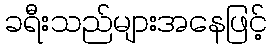
ခရီးသည်များအနေဖြင့်